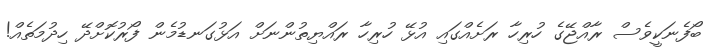
ބޯފެނަކީވެސް ރާއްޖޭގެ ހުރިހާ ރަށެއްގައި އުޅޭ ހުރިހާ ރައްޔިތުންނަށް އަޅުގަނޑުމެން ފޯރުކޮށްދޭ ހިދުމަތެއް!